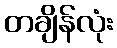
တချိန်လုံး